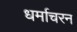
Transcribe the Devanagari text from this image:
धर्माचरन